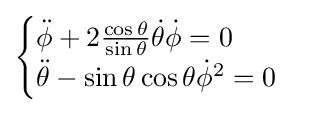
{\begin{cases}{\ddot {\phi }}+2{\frac {\cos \theta }{\sin \theta }}{\dot {\theta }}{\dot {\phi }}=0\\{\ddot {\theta }}-\sin \theta \cos \theta {\dot {\phi }}^{2}=0\end{cases}}